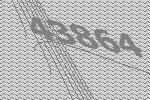
43864